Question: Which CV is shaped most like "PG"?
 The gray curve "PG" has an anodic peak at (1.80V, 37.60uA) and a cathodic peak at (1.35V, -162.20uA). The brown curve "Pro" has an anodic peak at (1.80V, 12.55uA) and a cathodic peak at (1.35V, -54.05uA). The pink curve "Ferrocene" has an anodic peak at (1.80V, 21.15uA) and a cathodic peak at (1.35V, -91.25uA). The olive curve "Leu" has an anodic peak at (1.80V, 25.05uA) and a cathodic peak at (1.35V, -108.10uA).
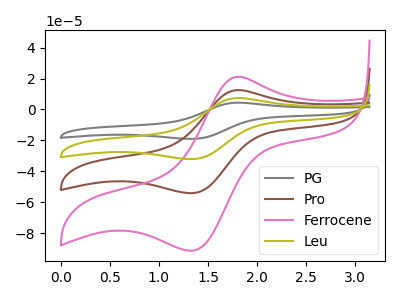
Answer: <think>All the peaks in "PG" have a peak in "Pro" at the same potential. Every peak in "PG" is higher than every peak in "Pro". All the peaks in "PG" have a peak in "Ferrocene" at the same potential. Every peak in "PG" is higher than every peak in "Ferrocene". All the peaks in "PG" have a peak in "Leu" at the same potential. Every peak in "PG" is higher than every peak in "Leu". All the peaks in "Pro" have a peak in "Ferrocene" at the same potential. Every peak in "Pro" is lower than every peak in "Ferrocene". All the peaks in "Pro" have a peak in "Leu" at the same potential. Every peak in "Pro" is lower than every peak in "Leu". All the peaks in "Ferrocene" have a peak in "Leu" at the same potential. Every peak in "Ferrocene" is lower than every peak in "Leu".
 </think>
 <answer>"PG", "Pro" and "Leu" have a similar shape to "Ferrocene".</answer>
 <eval>"PG" "Pro" "Leu"</eval>